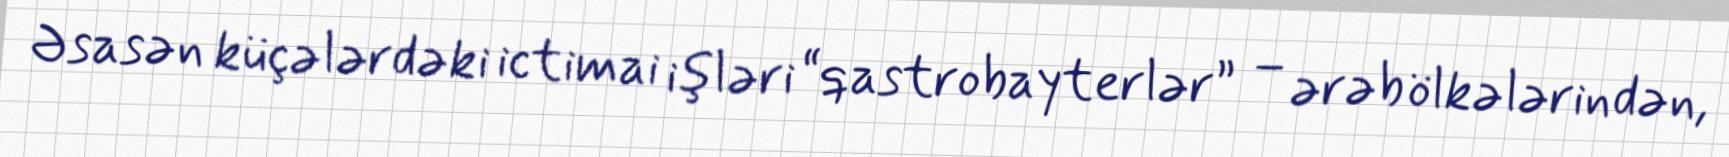
Əsasən küçələrdəki ictimai işləri “qastrobayterlər” – ərəb ölkələrindən,